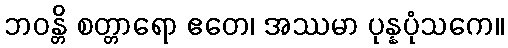
ဘဝန္တိ စတ္တာရော ဧတေ၊ အဿမာ ပုန္နပုံသကေ။